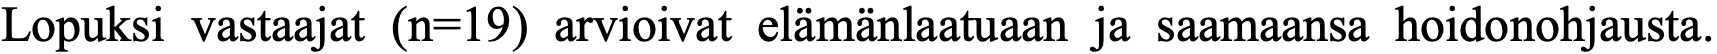
Lopuksi vastaajat (n=19) arvioivat elämänlaatuaan ja saamaansa hoidonohjausta.